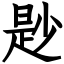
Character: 尟